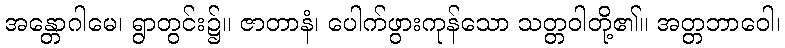
အန္တောဂါမေ၊ ရွာတွင်း၌။ ဇာတာနံ၊ ပေါက်ဖွားကုန်သော သတ္တဝါတို့၏။ အတ္တဘာဝေါ၊